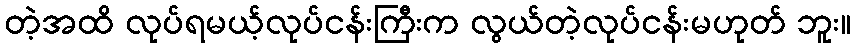
တဲ့အထိ လုပ်ရမယ့်လုပ်ငန်းကြီးက လွယ်တဲ့လုပ်ငန်းမဟုတ် ဘူး။